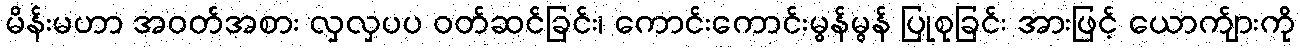
မိန်းမဟာ အဝတ်အစား လှလှပပ ဝတ်ဆင်ခြင်း၊ ကောင်းကောင်းမွန်မွန် ပြုစုခြင်း အားဖြင့် ယောက်ျားကို